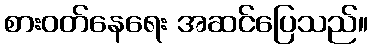
စားဝတ်နေရေး အဆင်ပြေသည်။